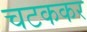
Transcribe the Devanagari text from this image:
चटककर